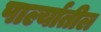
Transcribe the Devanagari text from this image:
पार्ल्यातील